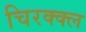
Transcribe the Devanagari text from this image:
चिरक्क्ल